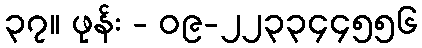
၃၇။ ဖုန်း - ၀၉-၂၂၃၃၄၄၅၅၆